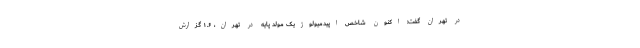
در تهران گفت: اکنون شاخص اپیدمیولوژیک مولد پایه در تهران، ۱.۶ گزارش